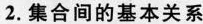
2.集合间的基本关系